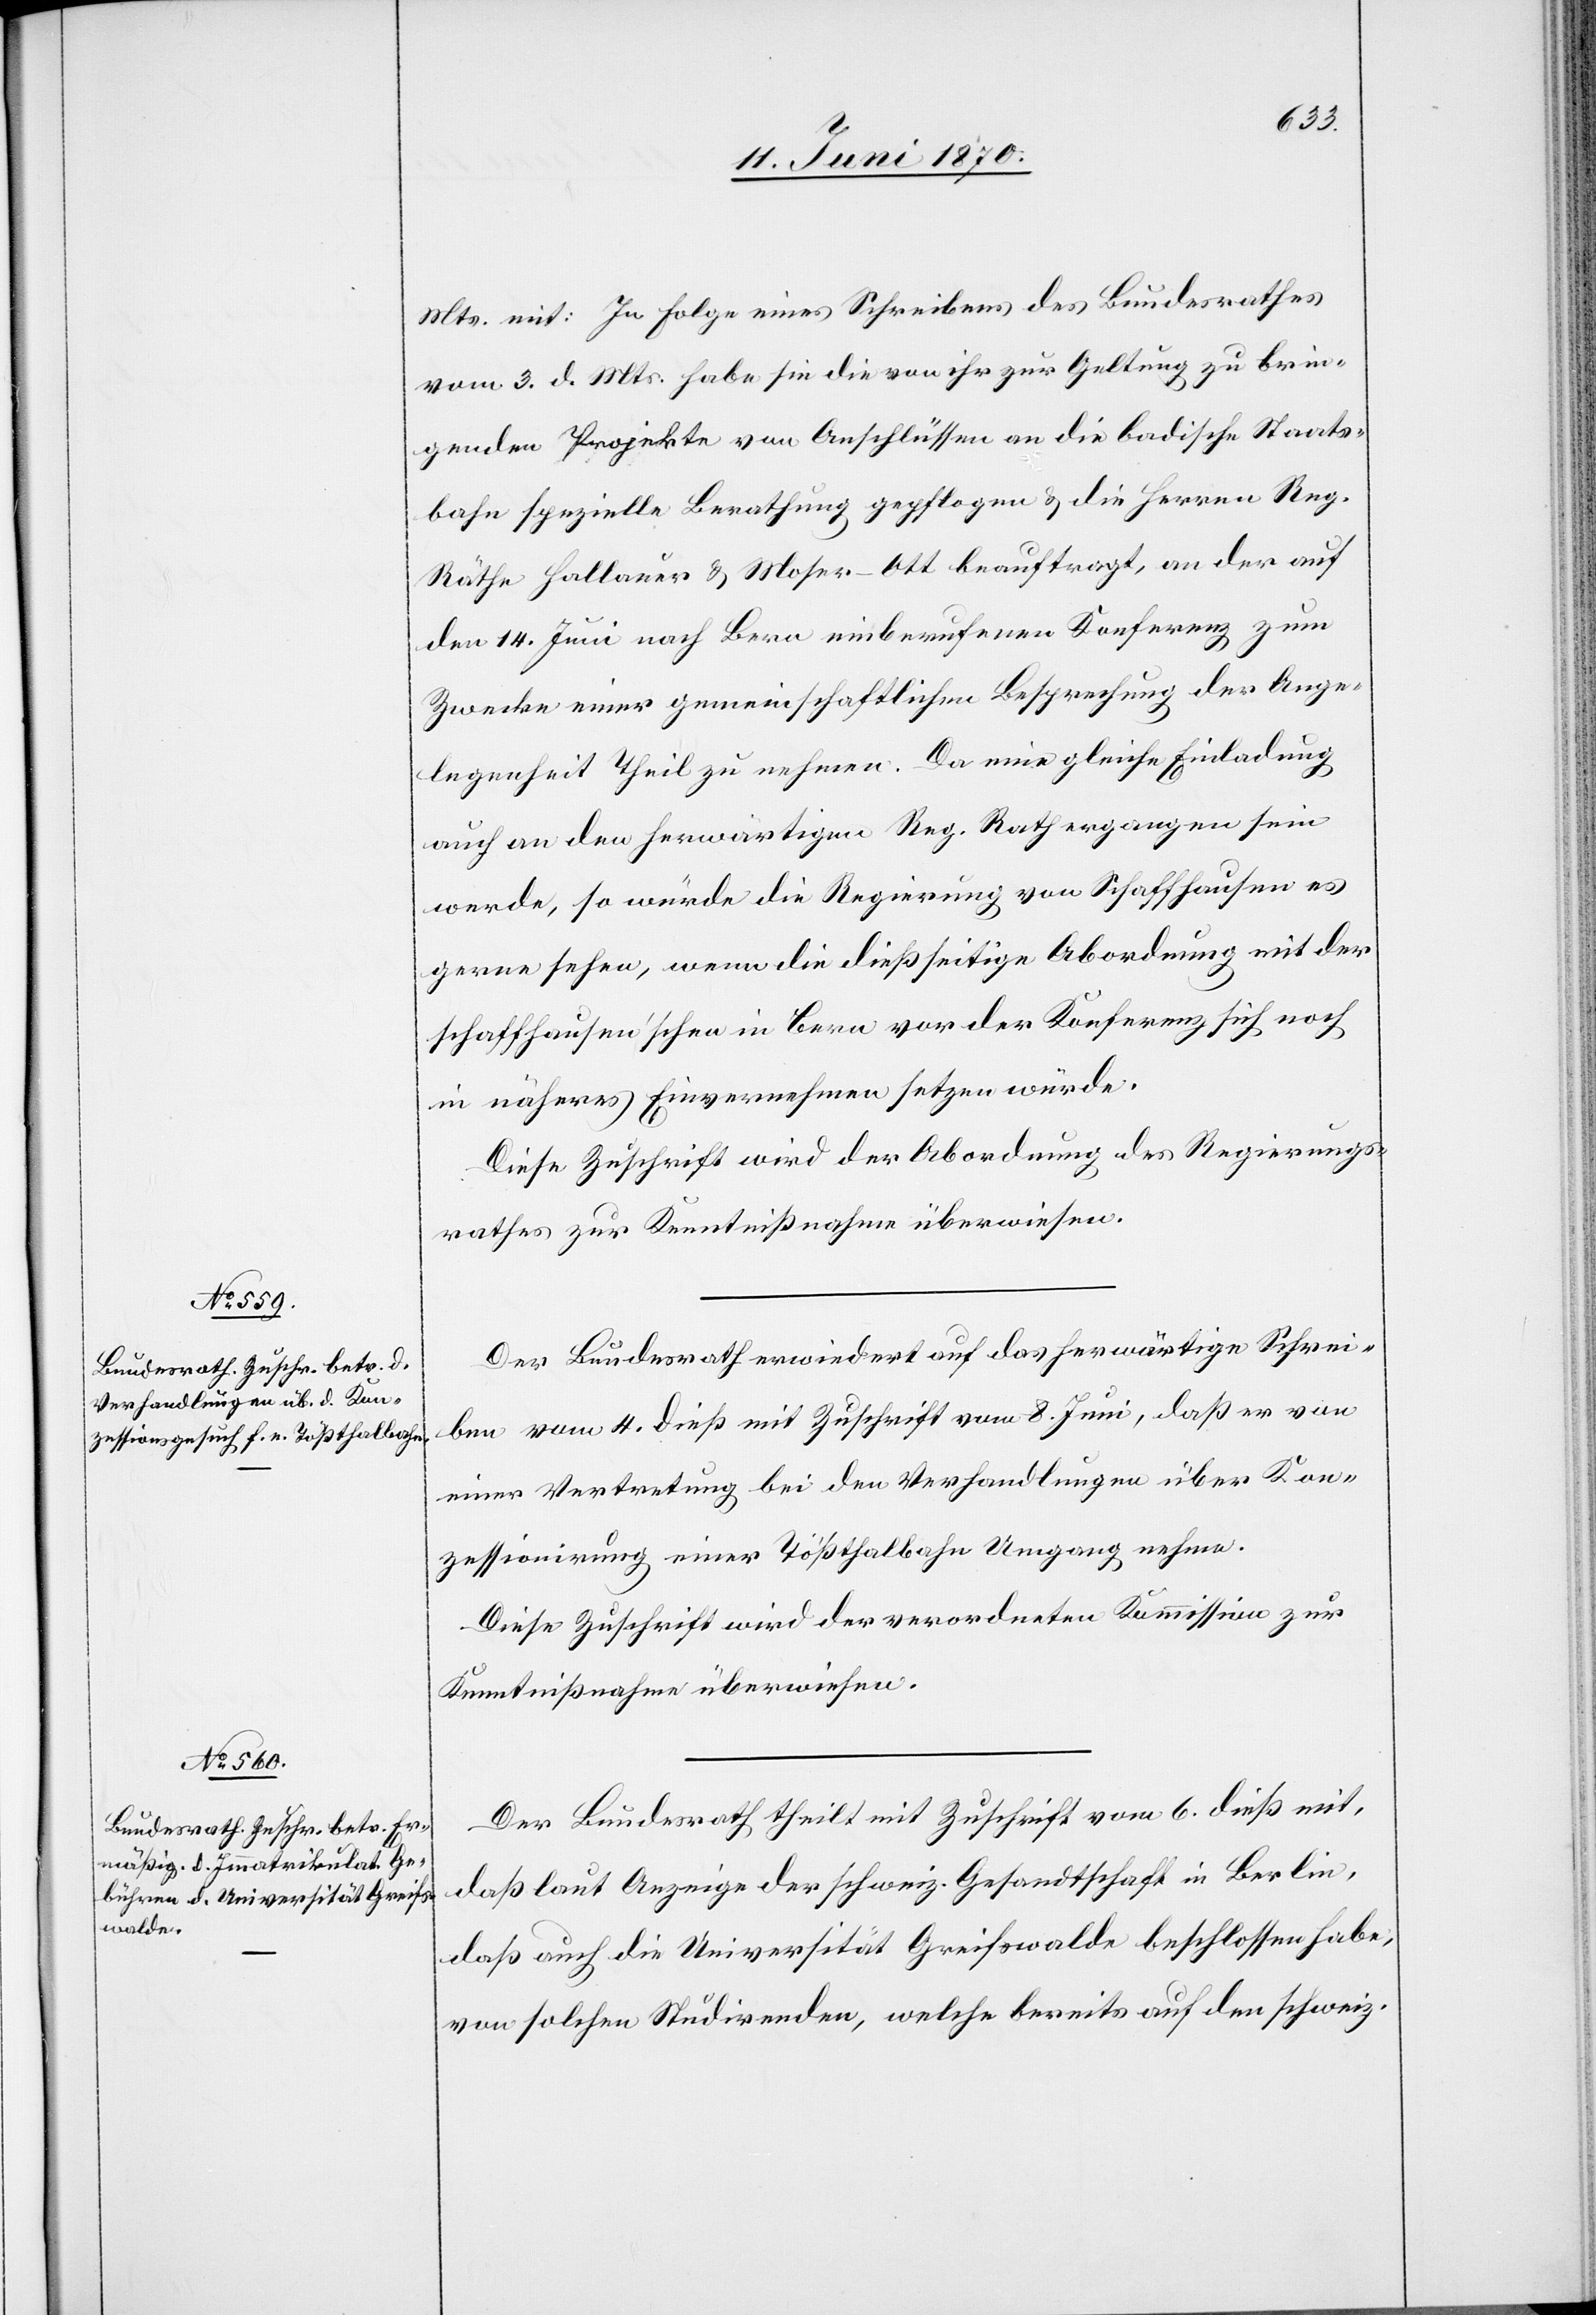
vom 3. d. Mts. habe sie die von ihr zur Geltung zu brin¬
genden Projekte von Anschlüssen an die badische Staats¬
bahn spezielle Berathung gepflogen & die Herren Reg.
Räthe Hallauer & Moser-Ott beauftragt, an der auf
den 14. Juni nach Bern einberufenen Konferenz zum
Zwecke einer gemeinschaftlichen Besprechung der Ange¬
legenheit Theil zu nehmen. Da eine gleiche Einladung
auch an den herwärtigen Reg. Rath ergangen sein
werde, so würde die Regierung von Schaffhausen es
gerne sehen, wenn die dießseitige Abordnung mit der
schaffhausen’schen in Bern vor der Konferenz sich noch
in näheres Einvernehmen setzen würde.
Diese Zuschrift wird der Abordnung des Regierungs¬
rathes zur Kenntnißnahme überwiesen.
Der Bundesrath erwiedert auf das herwärtige Schrei¬
ben vom 4. dieß mit Zuschrift vom 8. Juni, daß er von
einer Vertretung bei den Verhandlungen über Kon¬
zessionirung einer Tößthalbahn Umgang nehme.
Diese Zuschrift wird der verordneten Kommission zur
Kenntnißnahme überwiesen.
Der Bundesrath theilt mit Zuschrift vom 6. dieß mit,
daß laut Anzeige der schweiz. Gesandtschaft in Berlin,
daß auch die Universität Greifswalde beschlossen habe,
von solchen Studirenden, welche bereits auf den schweiz.